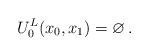
LaTeX: \begin{align*} U^L_0(x_0,x_1) = \varnothing \,. \end{align*}